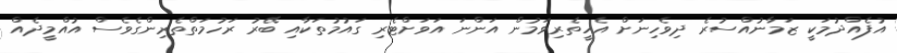
އުފެއްދުމަކީ ޒަމާނުއްސުރެ ދިވެހިނަށް އެހީތެރިވަމުން އަންނަ އަވަށްޓެރި ގައުމުތަކާއި ބޭރު ރަހުމަތްތެރިންގެވެސް އުއްމީދެއް